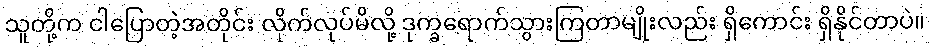
သူတို့က ငါပြောတဲ့အတိုင်း လိုက်လုပ်မိလို့ ဒုက္ခရောက်သွားကြတာမျိုးလည်း ရှိကောင်း ရှိနိုင်တာပဲ။